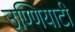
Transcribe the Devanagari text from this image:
उण्णियाटी